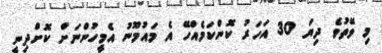
މި ވޭތުވެ ދިޔަ 30 އަހަރު ކޮންކަމެއްހޭ އެ މައުމޫނު އެމީހުންނަށް ކޮށްދިނީ